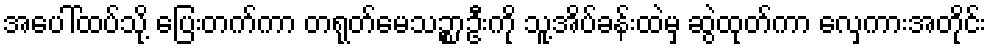
အပေါ်ထပ်သို့ ပြေးတက်ကာ တရုတ်မေသဉ္စာဦးကို သူ့အိပ်ခန်းထဲမှ ဆွဲထုတ်ကာ လှေကားအတိုင်း